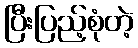
ပြီးပြည့်စုံတဲ့